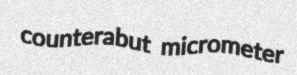
counterabut micrometer